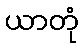
ယာတုံ